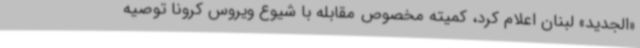
«الجدید» لبنان اعلام کرد، کمیته مخصوص مقابله با شیوع ویروس کرونا توصیه